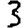
Digit: 3